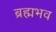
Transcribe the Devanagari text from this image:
ब्रह्मभव